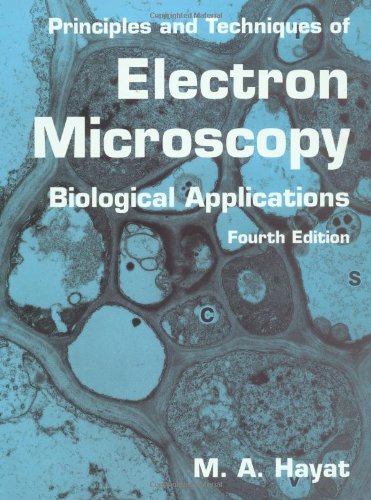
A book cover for Principles and Techniques of Electron Microscopy: Biological Applications; M. A. Hayat; Science & Math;